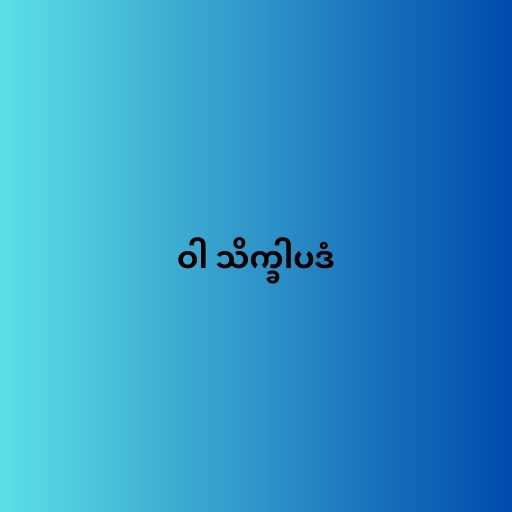
ဝါ သိက္ခါပဒံ